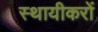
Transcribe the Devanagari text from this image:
स्थायीकरों